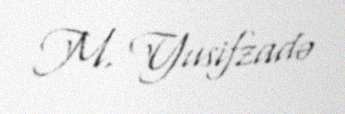
M. Yusifzadə